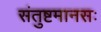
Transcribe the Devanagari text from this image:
संतुष्टमानसः